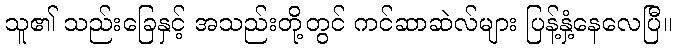
သူ၏ သည်းခြေနှင့် အသည်းတို့တွင် ကင်ဆာဆဲလ်များ ပြန့်နှံ့နေလေပြီ။